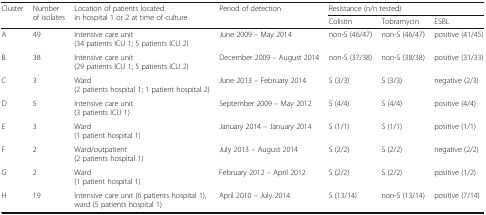
| <ROWSPAN=2> Cluster | <ROWSPAN=2> Number of isolates | <ROWSPAN=2> Location of patients located in hospital 1 or 2 at time of culture | <ROWSPAN=2> Period of detection | <COLSPAN=3> Resistance (n/n tested) |
 | Colistin | Tobramycin | ESBL |
 | --- | --- | --- | --- | --- | --- | --- |
 | A | 49 | Intensive care unit (34 patients ICU 1; 5 patients ICU 2) | June 2009 – May 2014 | non-S (46/47) | non-S (46/47) | positive (41/45) |
 | B | 38 | Intensive care unit (29 patients ICU 1; 5 patients ICU 2) | December 2009 – August 2014 | non-S (37/38) | non-S (38/38) | positive (31/33) |
 | C | 3 | Ward (2 patients hospital 1; 1 patient hospital 2) | June 2013 – February 2014 | S (3/3) | S (3/3) | negative (2/3) |
 | D | 5 | Intensive care unit (3 patients ICU 1) | September 2009 – May 2012 | S (4/4) | S (4/4) | positive (4/4) |
 | E | 3 | Ward (1 patient hospital 1) | January 2014 – January 2014 | S (1/1) | S (1/1) | positive (1/1) |
 | F | 2 | Ward/outpatient (2 patients hospital 1) | July 2013 – August 2014 | S (2/2) | S (2/2) | negative (2/2) |
 | G | 2 | Ward (1 patient hospital 1) | February 2012 – April 2012 | S (2/2) | S (2/2) | positive (1/2) |
 | H | 19 | Intensive care unit (6 patients hospital 1), ward (5 patients hospital 1) | April 2010 – July 2014 | S (13/14) | non-S (13/14) | positive (7/14) |